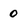
Character: 0